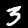
Digit: 3